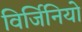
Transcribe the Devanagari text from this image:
विर्जिनियो